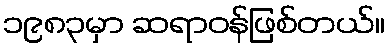
၁၉၈၃မှာ ဆရာဝန်ဖြစ်တယ်။